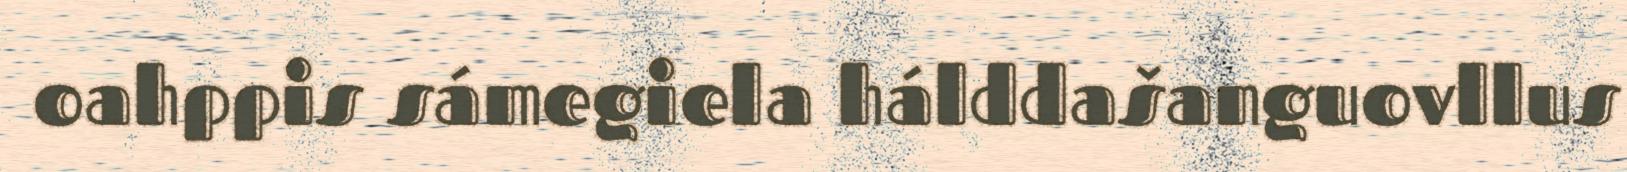
oahppis sámegiela hálddašanguovllus